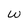
Character: W